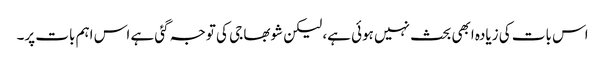
اس بات کی زیادہ ابھی بحث نہیں ہوئی ہے، لیکن شوبھا جی کی توجہ گئی ہے اس اہم بات پر۔